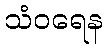
သံဝရေန